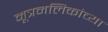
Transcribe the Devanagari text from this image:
मूत्रनलिकांच्या